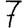
Digit: 7